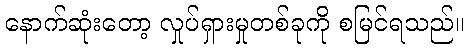
နောက်ဆုံးတော့ လှုပ်ရှားမှုတစ်ခုကို စမြင်ရသည်။